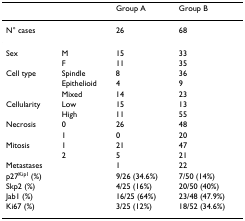
<table><thead><tr><td></td><td></td><td><b>Group A</b></td><td><b>Group B</b></td></tr></thead><tbody><tr><td>N° cases</td><td></td><td>26</td><td>68</td></tr><tr><td>Sex</td><td>M</td><td>15</td><td>33</td></tr><tr><td></td><td>F</td><td>11</td><td>35</td></tr><tr><td>Cell type</td><td>Spindle</td><td>8</td><td>36</td></tr><tr><td></td><td>Epithelioid</td><td>4</td><td>9</td></tr><tr><td></td><td>Mixed</td><td>14</td><td>23</td></tr><tr><td>Cellularity</td><td>Low</td><td>15</td><td>13</td></tr><tr><td></td><td>High</td><td>11</td><td>55</td></tr><tr><td>Necrosis</td><td>0</td><td>26</td><td>48</td></tr><tr><td></td><td>1</td><td>0</td><td>20</td></tr><tr><td>Mitosis</td><td>1</td><td>21</td><td>47</td></tr><tr><td></td><td>2</td><td>5</td><td>21</td></tr><tr><td>Metastases</td><td></td><td>1</td><td>22</td></tr><tr><td>p27<sup>Kip1 </sup>(%)</td><td></td><td>9/26 (34.6%)</td><td>7/50 (14%)</td></tr><tr><td>Skp2 (%)</td><td></td><td>4/25 (16%)</td><td>20/50 (40%)</td></tr><tr><td>Jab1 (%)</td><td></td><td>16/25 (64%)</td><td>23/48 (47.9%)</td></tr><tr><td>Ki67 (%)</td><td></td><td>3/25 (12%)</td><td>18/52 (34.6%)</td></tr></tbody></table>